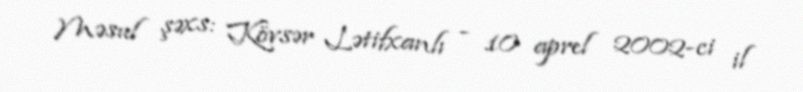
Məsul şəxs: Kövsər Lətifxanlı - 10 aprel 2002-ci il